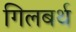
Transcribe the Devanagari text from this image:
गिलबर्थ